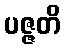
ပဇ္ဇတိ